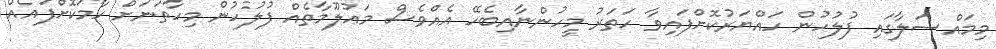
މިމައްސަލާގައި ފުލުހުން ހައްޔަރުކޮށްފައިވާ ހަތަރު މީހުންނާއިބެހޭ އެއްވެސް މަޢުލޫމާތެއް ފުލުހުން މިހާތަނަށް ހާމަކޮށްފައެއް